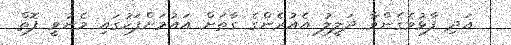
އަދި ފާޅުވެގެންވާ ދަލީލު އެއުރެންގެ ގާތަށް އައުމަށްފަހުގައި މެނުވީ ފޮތް